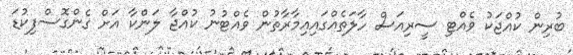
ބުރިން ކުއްޖަކު ވެއްޓި ސީރިއަސް ހާލަތެއްގައިއިމާރާތުން ވެއްޓުނު ކުއްޖާ ލަންކާ އަށް ގެންގޮސްފިކުޑަ